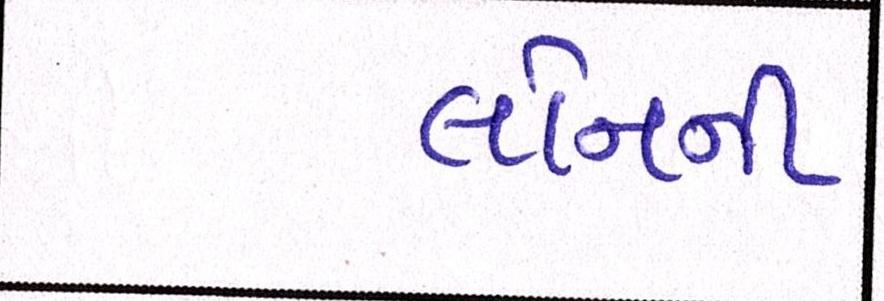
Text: લોનની